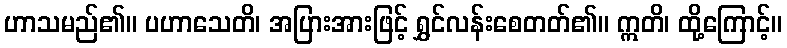
ဟာသမည်၏။ ပဟာသေတိ၊ အပြားအားဖြင့် ရွှင်လန်းစေတတ်၏။ ဣတိ၊ ထို့ကြောင့်။